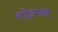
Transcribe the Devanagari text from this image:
नोइमन